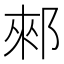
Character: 郲